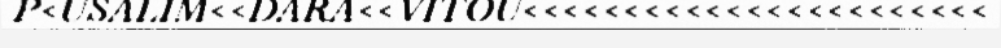
P<USALIM<<DARA<<VITOU<<<<<<<<<<<<<<<<<<<<<<<